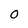
Character: 0